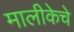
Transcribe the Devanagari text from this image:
मालीकेचे